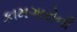
કામગારોની